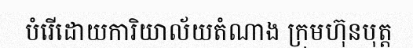
បំរើដោយការិយាល័យតំណាង ក្រុមហ៊ុនបុត្ត